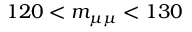
1 2 0 < \ensuremath { m _ { \mu \mu } } < 1 3 0